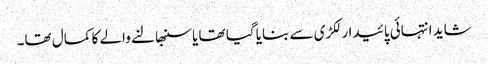
شاید انتہائی پائیدار لکڑی سے بنایا گیا تھا یا سنبھالنے والے کا کمال تھا۔